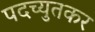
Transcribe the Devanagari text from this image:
पदच्युतकर